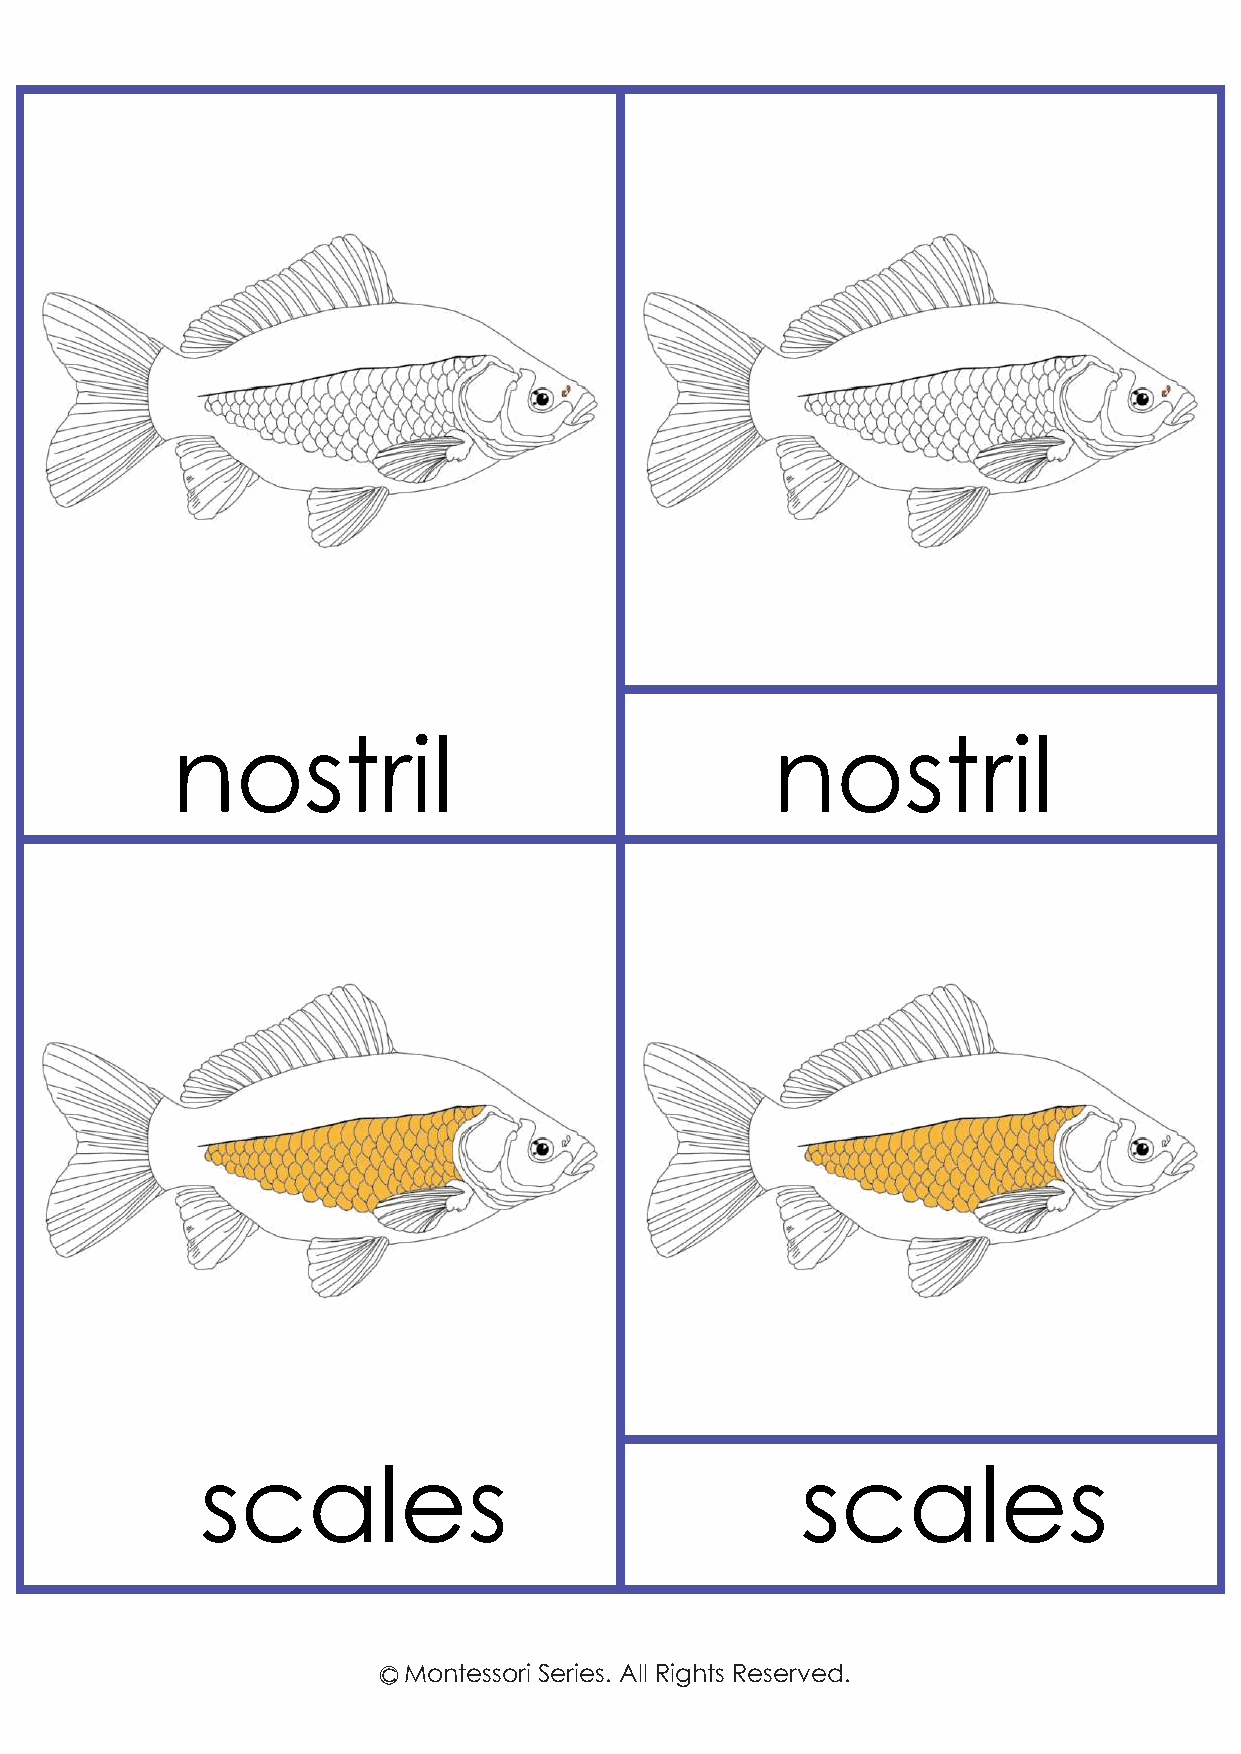
nostril                                 nostril
 scales                                  scales
 c Montessori Series. All Rights Reserved.